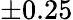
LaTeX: \pm 0.25